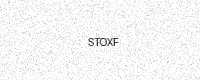
Text: STOXF